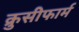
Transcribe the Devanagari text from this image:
क्रुसीफार्म